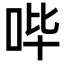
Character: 哔